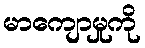
မာကျောမှုကို